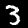
Digit: 3